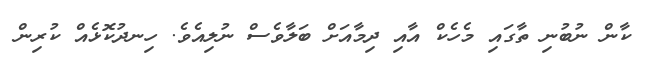
ކާން ނުބުނި ތާގައި މެހެކް އާއި ދިމާއަށް ބަލާވެސް ނުލިއެވެ. ހިނދުކޮޅެއް ކުރިން